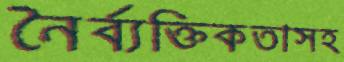
নৈর্ব্যক্তিকতাসহ